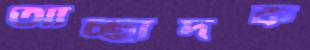
আচ্ছাদক